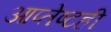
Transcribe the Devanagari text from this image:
आप्तेष्टही